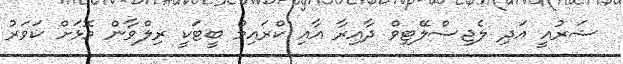
ޝަރުއީ އަދި ލެޖިސްލޭޓިވް ދާއިރާ އާއި ކްރައިމް ބީޓަކީ ރިލްވާން މޮޅަށް ކަވަރު